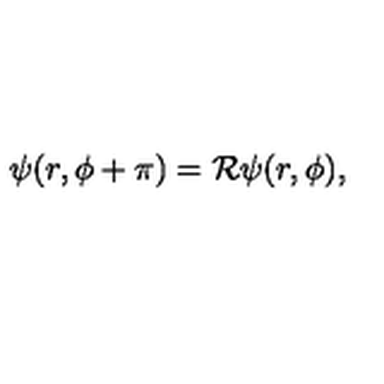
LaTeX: \psi ( r , \phi + \pi ) = { \cal R } \psi ( r , \phi ) ,